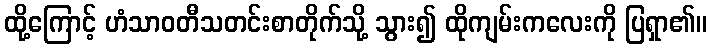
ထို့ကြောင့် ဟံသာဝတီသတင်းစာတိုက်သို့ သွား၍ ထိုကျမ်းကလေးကို ပြရှာ၏။